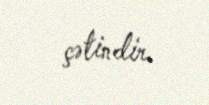
çətindir.